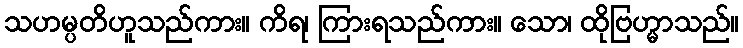
သဟမ္ပတိဟူသည်ကား။ ကိရ၊ ကြားရသည်ကား။ သော၊ ထိုဗြဟ္မာသည်။